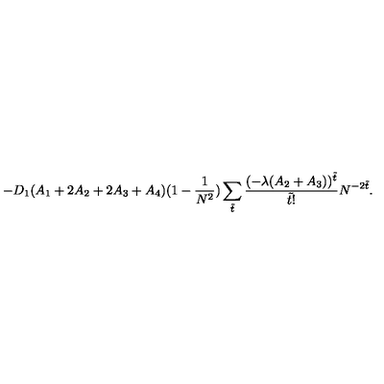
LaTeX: - D _ { 1 } ( A _ { 1 } + 2 A _ { 2 } + 2 A _ { 3 } + A _ { 4 } ) ( 1 - \frac { 1 } { N ^ { 2 } } ) \sum _ { \tilde { t } } \frac { ( - \lambda ( A _ { 2 } + A _ { 3 } ) ) ^ { \tilde { t } } } { \tilde { t } ! } N ^ { - 2 \tilde { t } } .